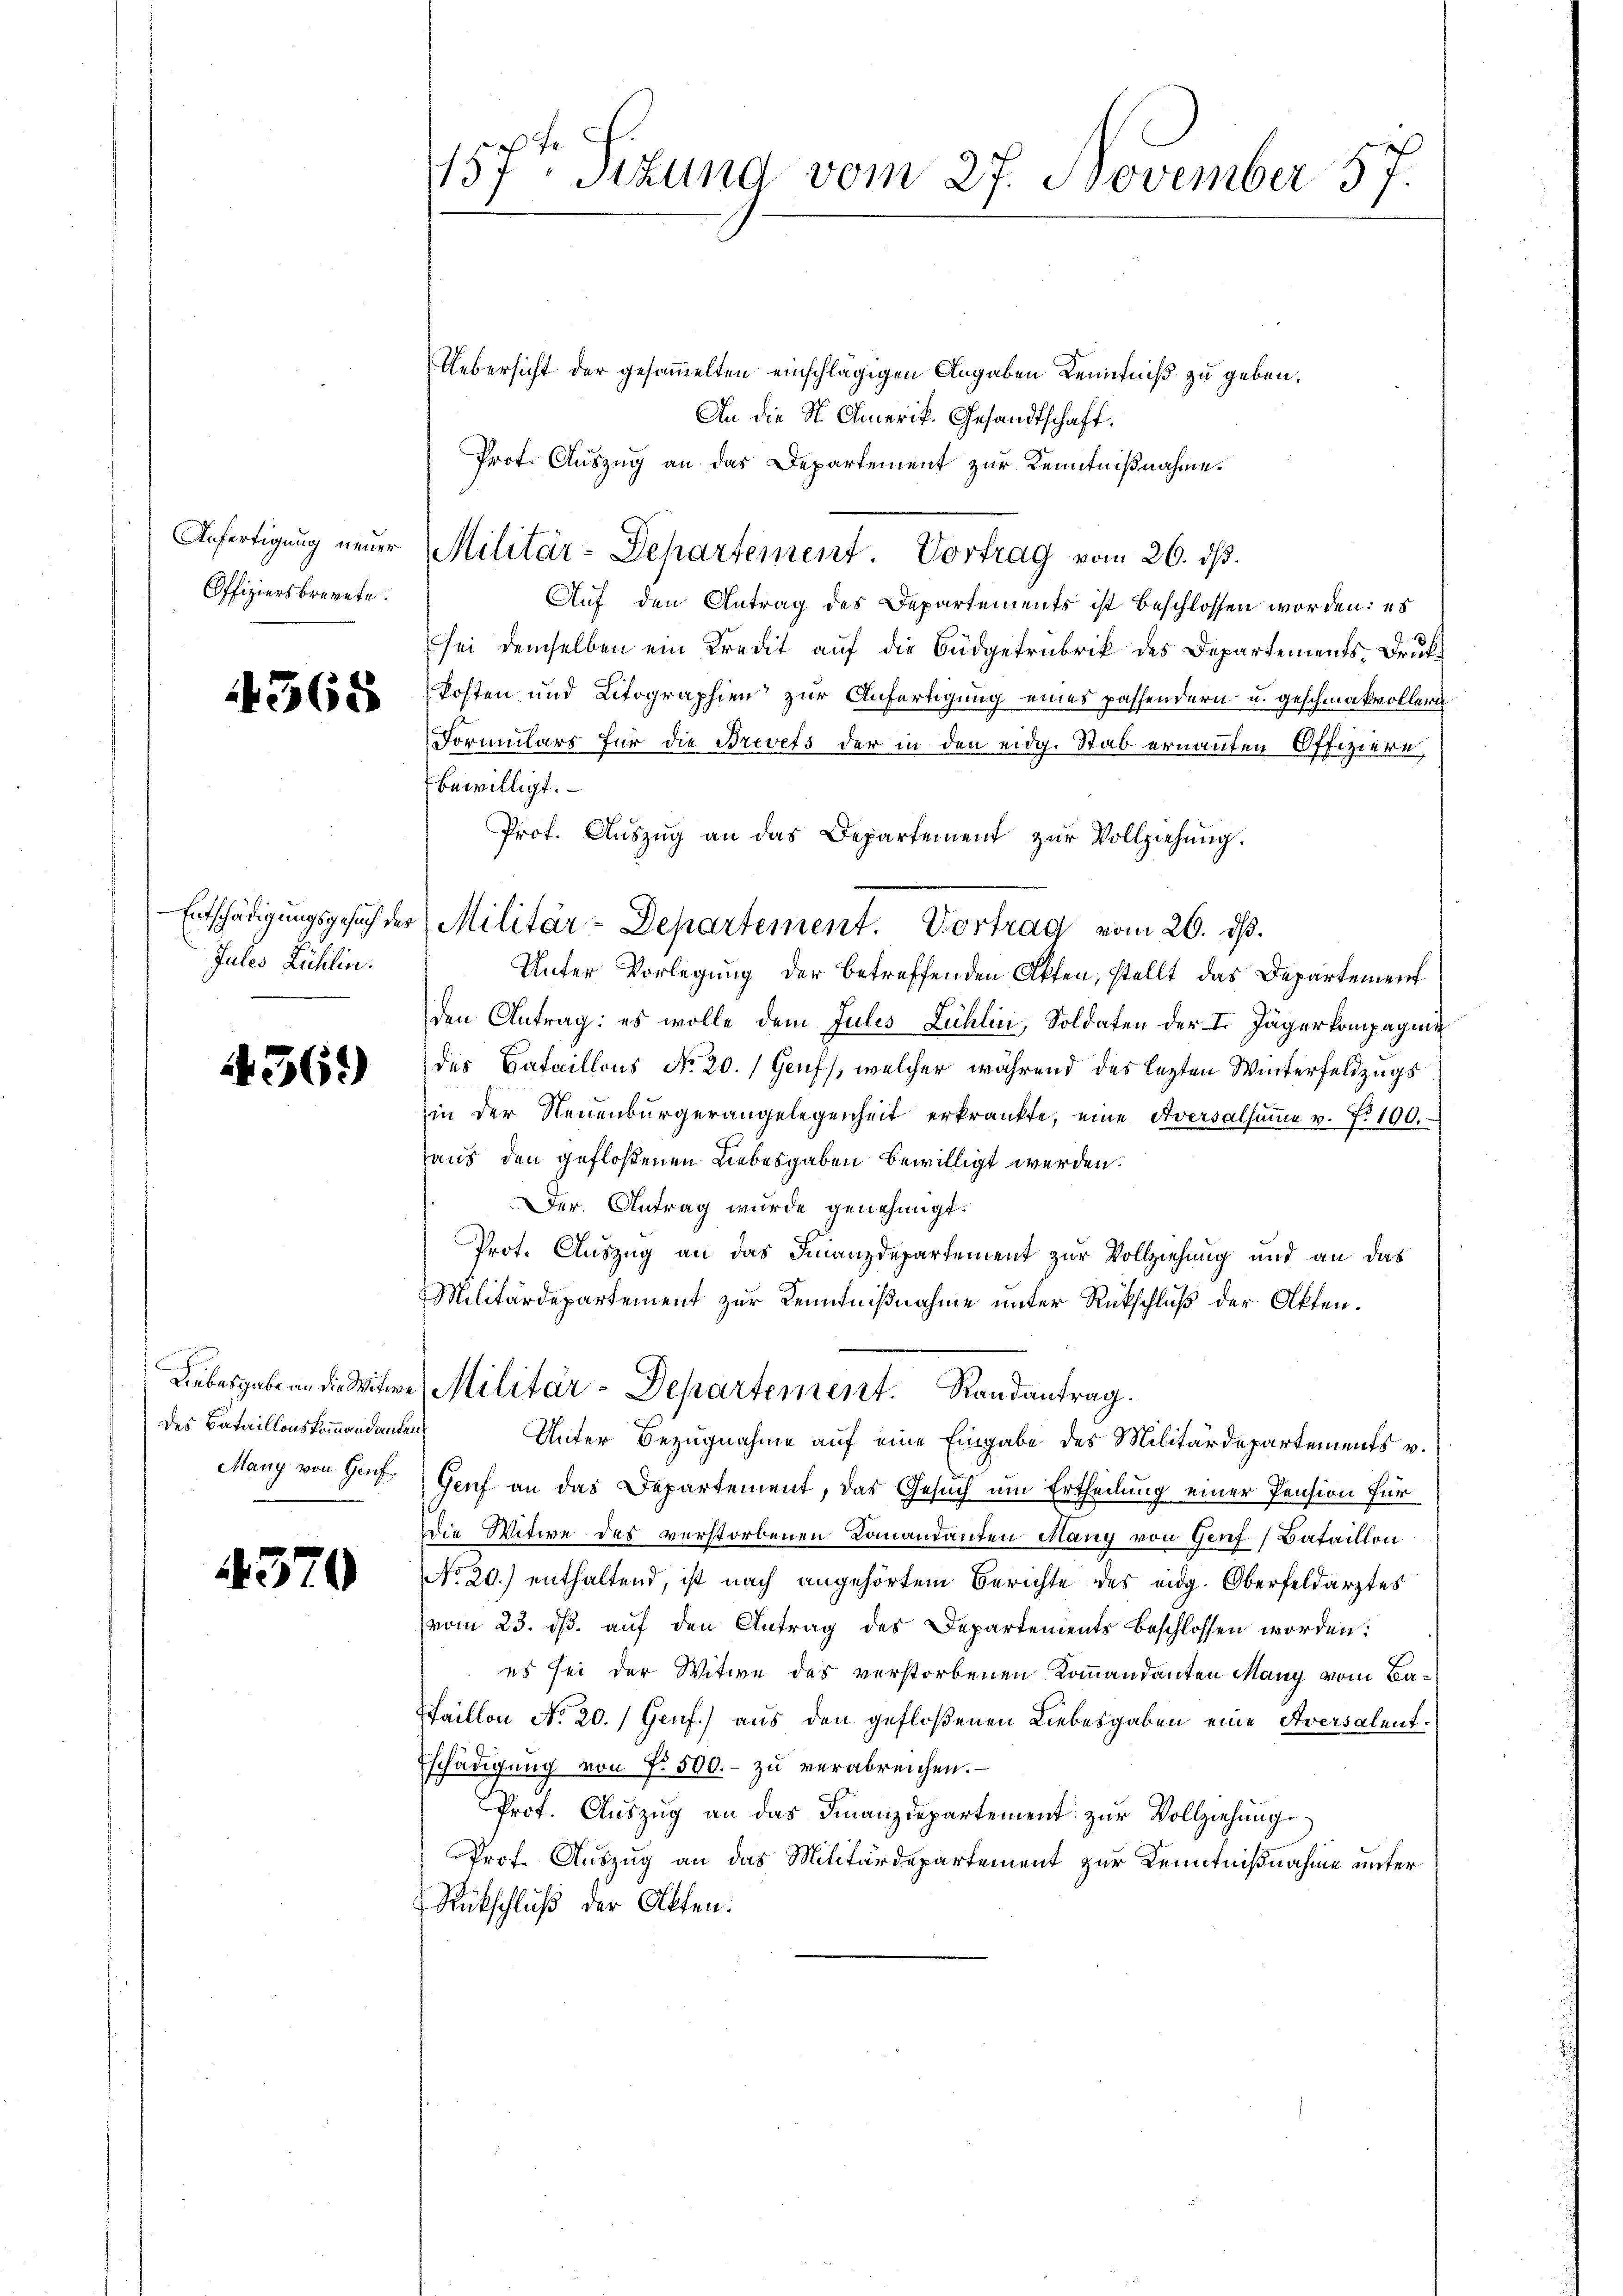
157ten Sitzung vom 27. November 57.

Uebersicht der gesammelten einschlägigen Angaben Kenntniß zu geben.
An die St. Amerik. Gesandtschaft.
Prof. Auszug an das Departement zur Kenntnißnahme.
Militär-Departement. Vortrag vom 26. ds.
Auf den Antrag des Departements ist beschlossen worden: es
sei demselben ein Kredit auf die Büdgetrubrik des Departements-Drukkosten und Litographien zur Anfertigung eines passendern u. geschmackvoller
Formulars für die Brevets der in den eidg. Stab ernannten Offiziere,
bewilligt.
Prof. Auszug an das Departement zur Vollziehung.
Unter Vorlegung der betreffenden Akten, stellt das Departement
den Antrag: es wolle dem Julis Lichlin, Soldaten der I. Jägerkompagnie
des Cataillons No 20.) Genf, welcher während des lezten Winterfeldzugs
in der Neuenbürgerangelegenheit erkränkte, eine Aversalsŭṁe v. N. 100.
aus den gefloßenen Liebesgaben bewilligt werden.
Der Antrag wurde genehmigt.
Prof. Auszug an das Finanzdepartement zur Vollziehung und an das
Militärdepartement zur Kenntnißnahme unter Rückschluß der Akten.
Liebesgabe an die Witwe, Militär-Departement. Randantrag.
Unter Bezugnahme auf eine Eingabe des Militärdepartements v.
Genf an das Departement, das Gesuch um Ertheilung einer Pension für
die Witwe des verstorbenen Comandanten Many von Genf (Bataillon
NNo. 20.) enthaltend, ist nach angehörtem Berichte des eidg. Oberfeldarztes
vom 23. ds. auf den Antrag des Departements beschlossen worden:
es sei der Witwe des verstorbenen Kommandanten Many vom Ba¬
Thaillon No 20.) Genf.) aus den gefloßenen Liebesgaben eine Aversalent.
Eschädigung von f. 500.- zŭ verabreichen.
Prot. Auszug an das Finanzdepartement zur Vollziehung
Prof. Auszug an das Militärdepartement zur Kenntnißnahme unter
Rückschluß der Akten.

Anfertigung neuer
Offiziersbrevete.

4365

Entschädigungsgesuch de
Jules Rühlin.

Militär-Departement. Vortrag vom 26. d.

4561)

des Bataillonskommandanten
Many von Genf
4

4370